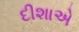
દીશાએ